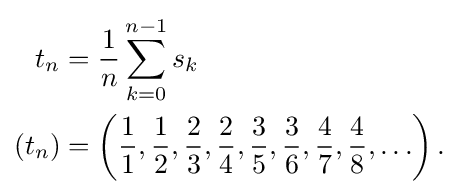
{\begin{aligned}t_{n}&={\frac {1}{n}}\sum _{k=0}^{n-1}s_{k}\\(t_{n})&=\left({\frac {1}{1}},{\frac {1}{2}},{\frac {2}{3}},{\frac {2}{4}},{\frac {3}{5}},{\frac {3}{6}},{\frac {4}{7}},{\frac {4}{8}},\ldots \right).\end{aligned}}